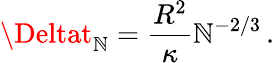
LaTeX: \Deltat_{\mathbb{N}}=\frac{{R^{2}}}{{\kappa}}\mathbb{N}^{-2/3}\, .